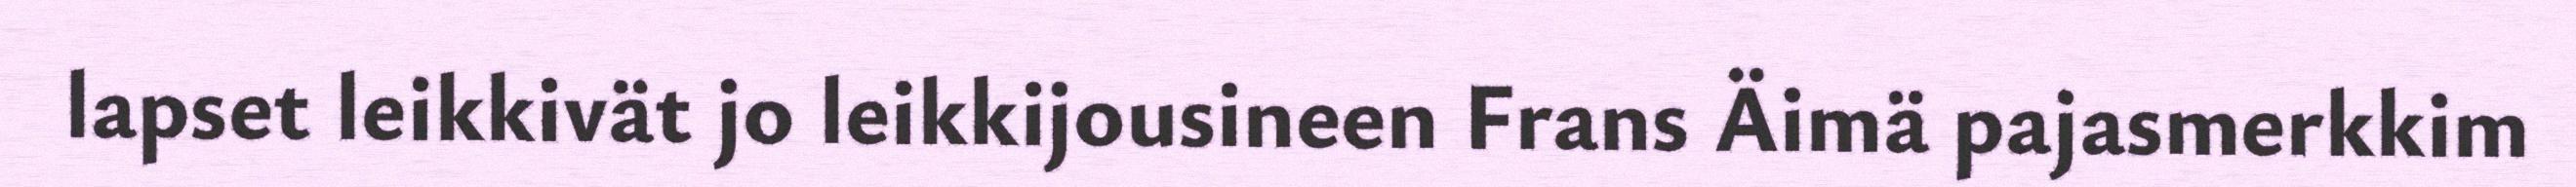
lapset leikkivät jo leikkijousineen Frans Äimä pajasmerkkim